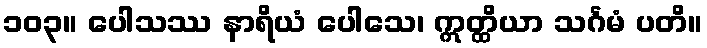
၁၀၃။ ပေါသဿ နာရိယံ ပေါသေ၊ ဣတ္ထိယာ သင်္ဂမံ ပတိ။